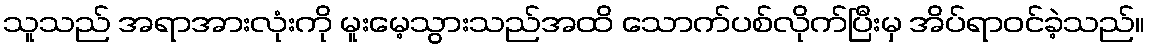
သူသည် အရာအားလုံးကို မူးမေ့သွားသည်အထိ သောက်ပစ်လိုက်ပြီးမှ အိပ်ရာဝင်ခဲ့သည်။